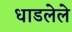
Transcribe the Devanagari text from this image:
धाडलेले